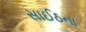
સાઈઠના